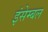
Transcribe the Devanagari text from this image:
इंसेम्बल